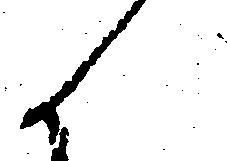
候